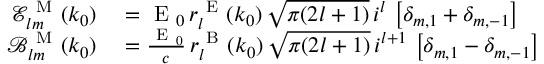
\begin{array} { r l } { \mathcal { E } _ { l m } ^ { \mathrm { ~ M ~ } } ( k _ { 0 } ) } & { { } = \mathrm { ~ E ~ } _ { 0 } \, r _ { l } ^ { \mathrm { ~ E ~ } } ( k _ { 0 } ) \, \sqrt { \pi ( 2 l + 1 ) } \, i ^ { l } \, \left[ \delta _ { m , 1 } + \delta _ { m , - 1 } \right] } \\ { \mathcal { B } _ { l m } ^ { \mathrm { ~ M ~ } } ( k _ { 0 } ) } & { { } = \frac { \mathrm { ~ E ~ } _ { 0 } } { c } \, r _ { l } ^ { \mathrm { ~ B ~ } } ( k _ { 0 } ) \, \sqrt { \pi ( 2 l + 1 ) } \, i ^ { l + 1 } \, \left[ \delta _ { m , 1 } - \delta _ { m , - 1 } \right] } \end{array}